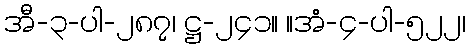
အီ-၃-ပါ-၂၈၇၊ ဋ္ဌ-၂၄၁။ ။အံ-၄-ပါ-၅၂၂၊